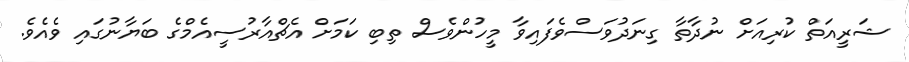
ޝަރީއަތް ކުރިއަށް ނުދާތާ ގިނަދުވަސްވެފައިވާ މީހުންވެސް ތިބި ކަމަށް އެޗްއާރުސީއެމްގެ ބަޔާނުގައި ވެއެވެ.